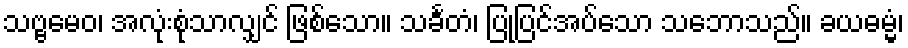
သဗ္ဗမေဝ၊ အလုံးစုံသာလျှင် ဖြစ်သော။ သင်္ခတံ၊ ပြုပြင်အပ်သော သဘောသည်။ ခယဓမ္မံ၊